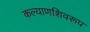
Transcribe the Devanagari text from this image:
कल्याणशिवरूप